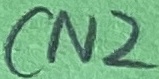
Text: CN2